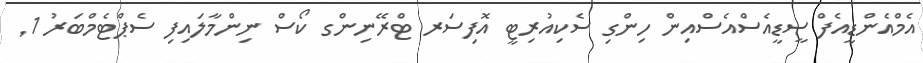
އެމްއެންޑީއެފް ސީޑީއެސްއެސްއިން ހިންގި ސެކިއުރިޓީ އޮފިސަރ ޓްރޭނިންގ ކޯސް ނިންމާލައިފި ސެޕްޓެމްބަރު 1